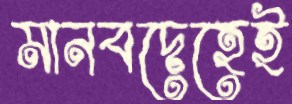
মানবদেহেই